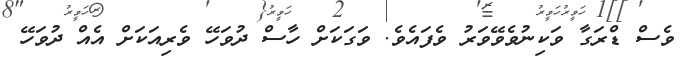
ވެސް ޑްރަގާ ވަކިނުވެވޭވަރު ވެފައެވެ. ވަގަކަށް ހާސް ދުވަހޭ ވެރިއަކަށް އެއް ދުވަހޭ